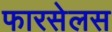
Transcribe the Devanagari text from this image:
फारसेलस